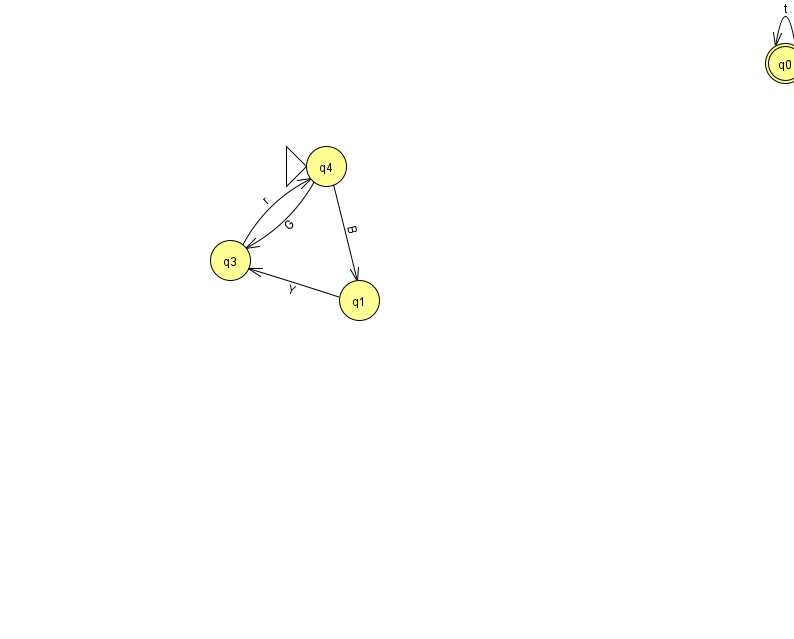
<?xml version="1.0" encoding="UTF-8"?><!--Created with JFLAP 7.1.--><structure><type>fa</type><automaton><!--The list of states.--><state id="0" name="q0"><x>785.0</x><y>50.0</y><final/></state><state id="1" name="q1"><x>359.0</x><y>287.0</y></state><state id="3" name="q3"><x>230.0</x><y>247.0</y></state><state id="4" name="q4"><x>326.0</x><y>153.0</y><initial/></state><!--The list of transitions.--><transition><from>4</from><to>1</to><read>B</read></transition><transition><from>0</from><to>0</to><read>t</read></transition><transition><from>1</from><to>3</to><read>Y</read></transition><transition><from>4</from><to>3</to><read>G</read></transition><transition><from>3</from><to>4</to><read>r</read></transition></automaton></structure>